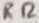
Text: R12